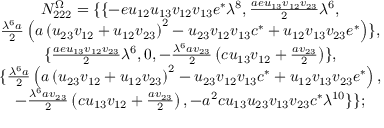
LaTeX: \begin{array} { c } { { N _ { 2 2 2 } ^ { \Omega } = \{ \{ - e u _ { 1 2 } u _ { 1 3 } v _ { 1 2 } v _ { 1 3 } e ^ { * } \lambda ^ { 8 } , \frac { a e u _ { 1 3 } v _ { 1 2 } v _ { 2 3 } } 2 \lambda ^ { 6 } , } } \\ { { \frac { \lambda ^ { 6 } a } 2 \left( a \left( u _ { 2 3 } v _ { 1 2 } + u _ { 1 2 } v _ { 2 3 } \right) ^ { 2 } - u _ { 2 3 } v _ { 1 2 } v _ { 1 3 } c ^ { * } + u _ { 1 2 } v _ { 1 3 } v _ { 2 3 } e ^ { * } \right) \} , } } \\ { { \{ \frac { a e u _ { 1 3 } v _ { 1 2 } v _ { 2 3 } } 2 \lambda ^ { 6 } , 0 , - \frac { \lambda ^ { 6 } a v _ { 2 3 } } 2 \left( c u _ { 1 3 } v _ { 1 2 } + \frac { a v _ { 2 3 } } 2 \right) \} , } } \\ { { \{ \frac { \lambda ^ { 6 } a } 2 \left( a \left( u _ { 2 3 } v _ { 1 2 } + u _ { 1 2 } v _ { 2 3 } \right) ^ { 2 } - u _ { 2 3 } v _ { 1 2 } v _ { 1 3 } c ^ { * } + u _ { 1 2 } v _ { 1 3 } v _ { 2 3 } e ^ { * } \right) , } } \\ { { - \frac { \lambda ^ { 6 } a v _ { 2 3 } } 2 \left( c u _ { 1 3 } v _ { 1 2 } + \frac { a v _ { 2 3 } } 2 \right) , - a ^ { 2 } c u _ { 1 3 } u _ { 2 3 } v _ { 1 3 } v _ { 2 3 } c ^ { * } \lambda ^ { 1 0 } \} \} ; } } \end{array}